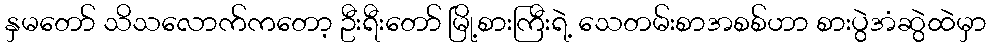
နှမတော် သိသလောက်ကတော့ ဦးရီးတော် မြို့စားကြီးရဲ့ သေတမ်းစာအစစ်ဟာ စားပွဲအံဆွဲထဲမှာ